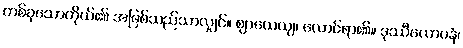
တစ်ခုသောကိုယ်၏ အဖြစ်သည်သာလျှင်။ ဈာယေယျ၊ လောင်ရာ၏။ ဒုဿီလောပနံ၊